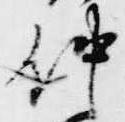
仲